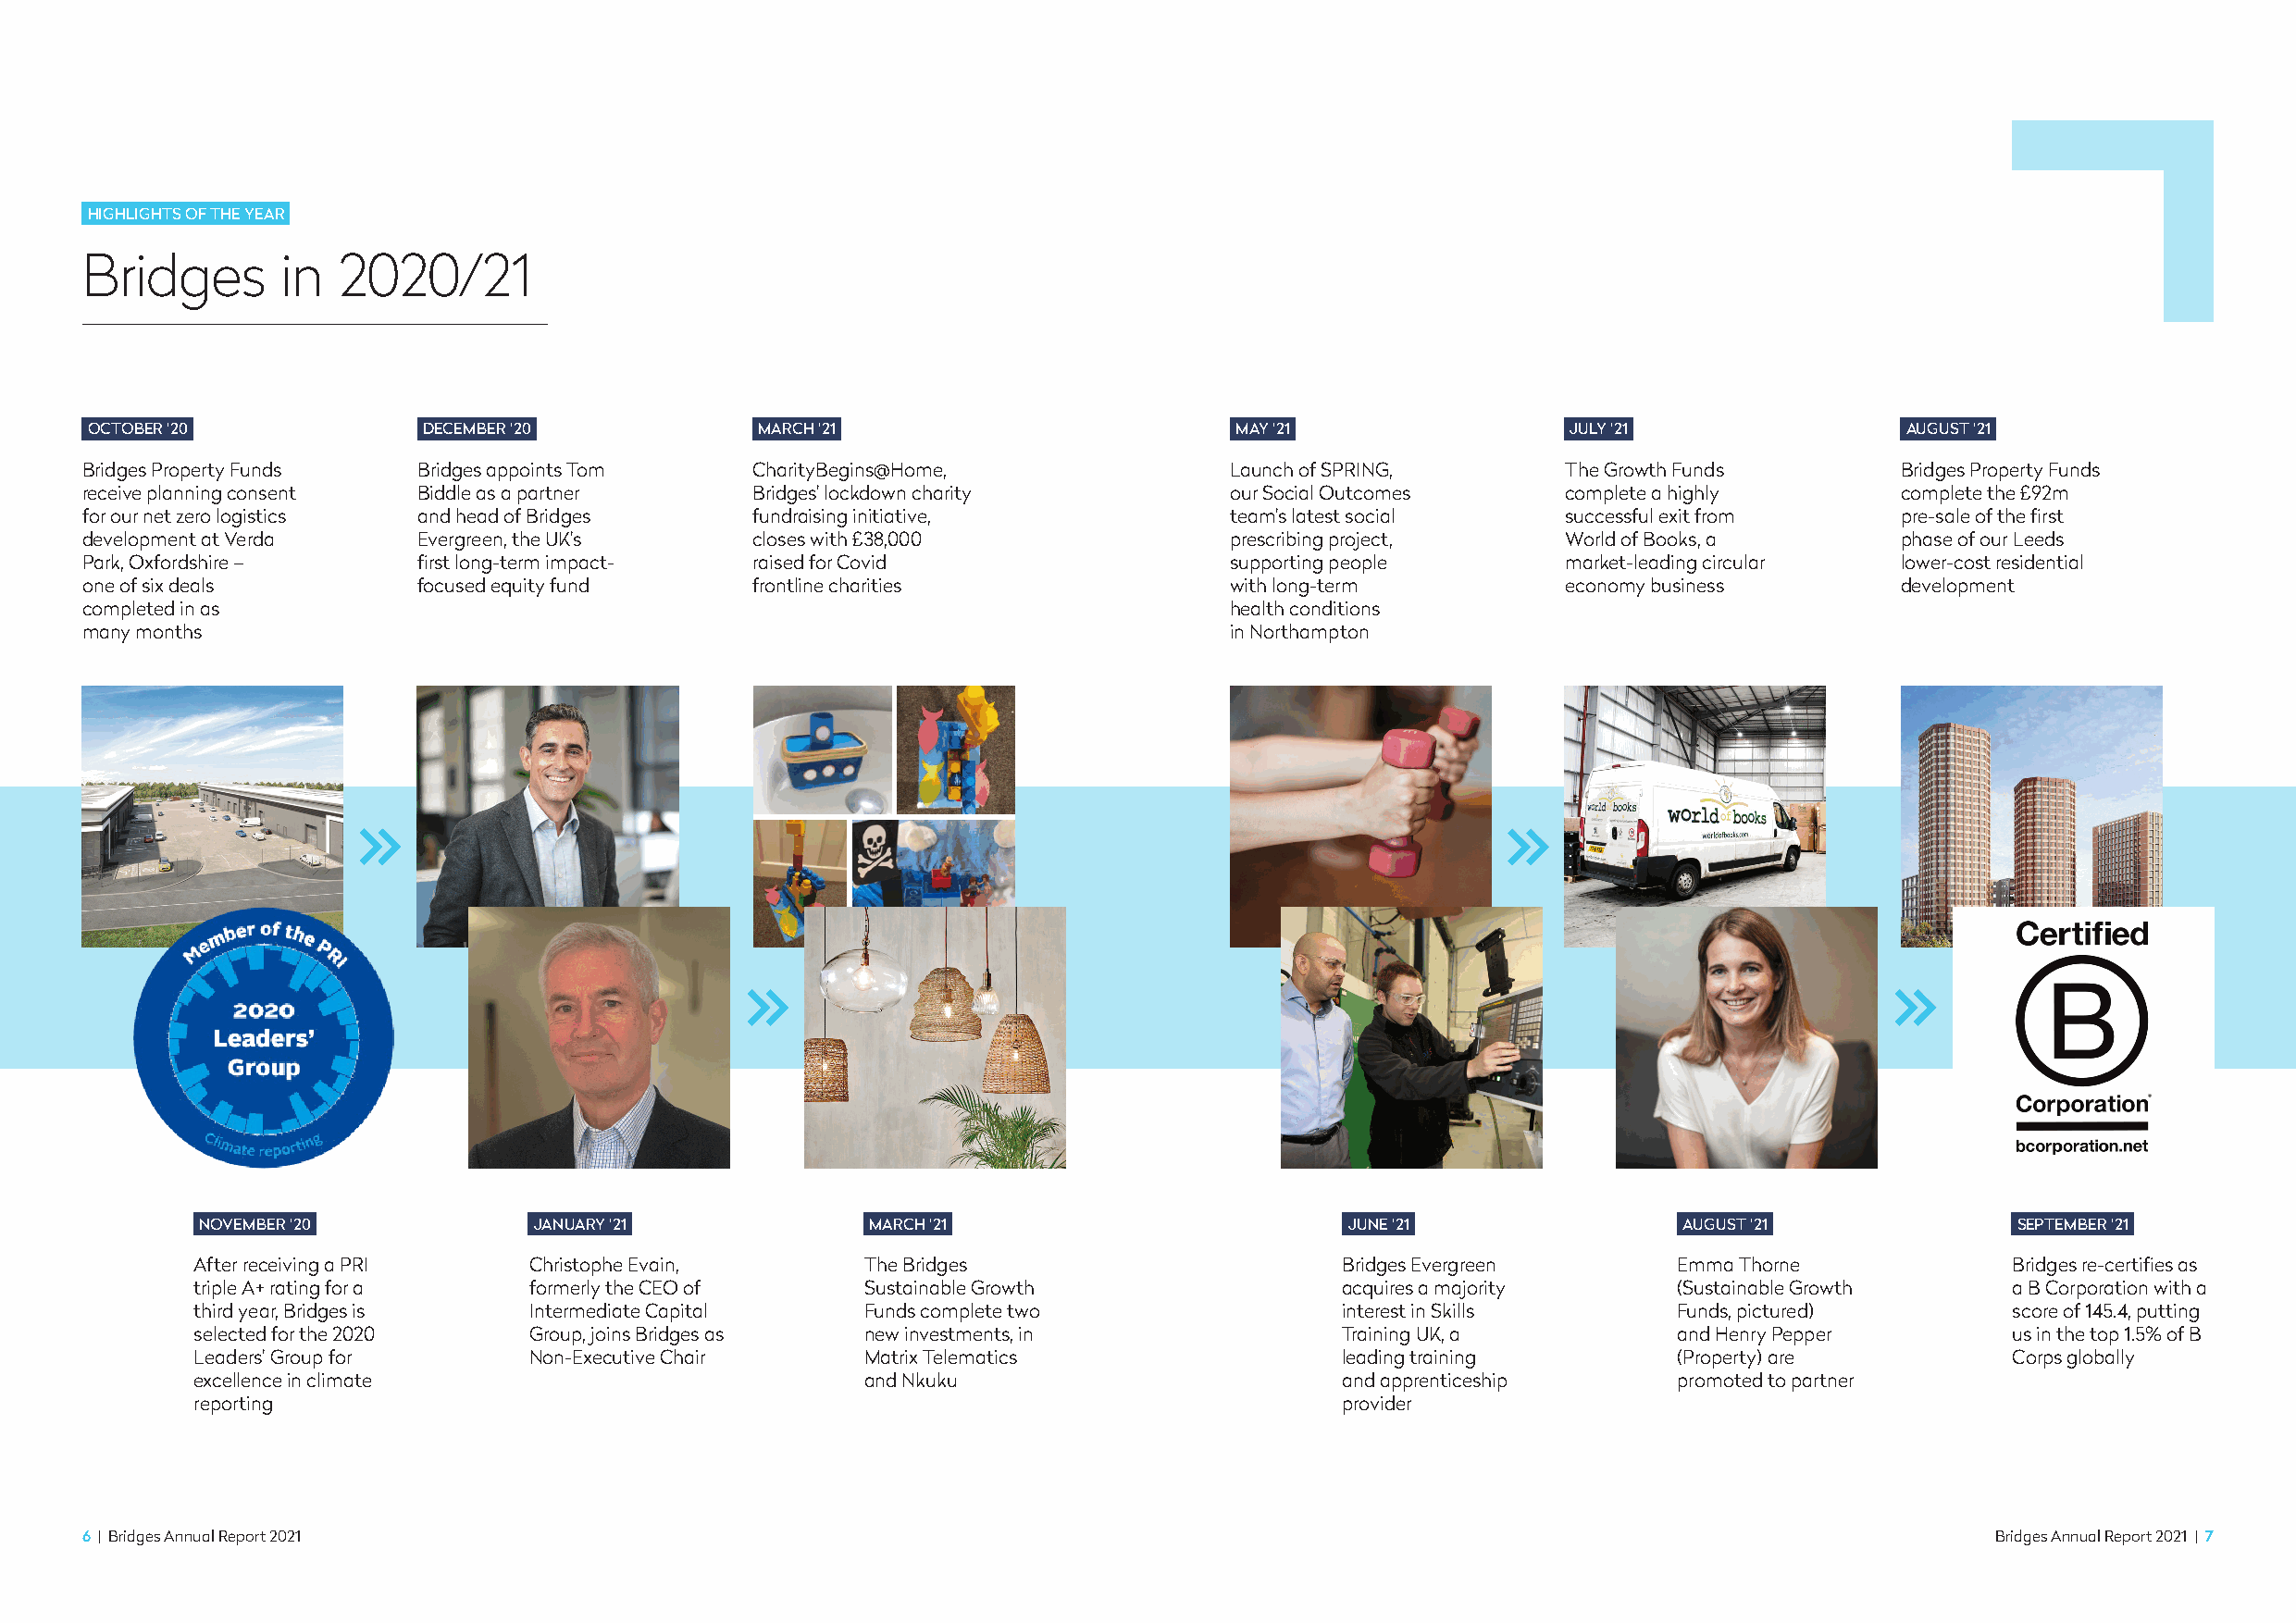
HIGHLIGHTS OF THE YEAR
 Bridges       in  2020/21
 OCTOBER ‘20             DECEMBER ‘20            MARCH ‘21                         MAY ‘21                 JULY ‘21                AUGUST ‘21
 Bridges Property Funds  Bridges appoints Tom    CharityBegins@Home,               Launch of SPRING,       The Growth Funds        Bridges Property Funds
 receive planning consent Biddle as a partner    Bridges’ lockdown charity         our Social Outcomes     complete a highly       complete the £92m
 for our net zero logistics and head of Bridges  fundraising initiative,           team’s latest social    successful exit from    pre-sale of the first
 development at Verda    Evergreen, the UK’s     closes with £38,000               prescribing project,    World of Books, a       phase of our Leeds
 Park, Oxfordshire –     first long-term impact- raised for Covid                  supporting people       market-leading circular lower-cost residential
 one of six deals        focused equity fund     frontline charities               with long-term          economy business        development
 completed in as                                                                   health conditions
 many months                                                                       in Northampton
 NOVEMBER ‘20            JANUARY ‘21             MARCH ‘21                         JUNE ‘21                AUGUST ‘21              SEPTEMBER ‘21
 After receiving a PRI   Christophe Evain,       The Bridges                       Bridges Evergreen       Emma Thorne             Bridges re-certifies as
 triple A+ rating for a  formerly the CEO of     Sustainable Growth                acquires a majority     (Sustainable Growth     a B Corporation with a
 third year, Bridges is  Intermediate Capital    Funds complete two                interest in Skills      Funds, pictured)        score of 145.4, putting
 selected for the 2020   Group, joins Bridges as new investments, in               Training UK, a          and Henry Pepper        us in the top 1.5% of B
 Leaders’ Group for      Non-Executive Chair     Matrix Telematics                 leading training        (Property) are          Corps globally
 excellence in climate                           and Nkuku                         and apprenticeship      promoted to partner
 reporting                                                                         provider
 6 | Bridges Annual Report 2021                                                                                                           Bridges Annual Report 2021 | 7